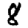
Digit: 8